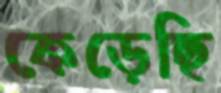
কেড়েছি